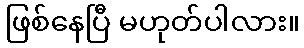
ဖြစ်နေပြီ မဟုတ်ပါလား။